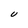
Character: U